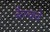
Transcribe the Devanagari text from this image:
बैराग्याचे